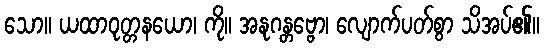
သော။ ယထာဝုတ္တနယော၊ ကို။ အနုဂန္တဗ္ဗော၊ လျောက်ပတ်စွာ သိအပ်၏။